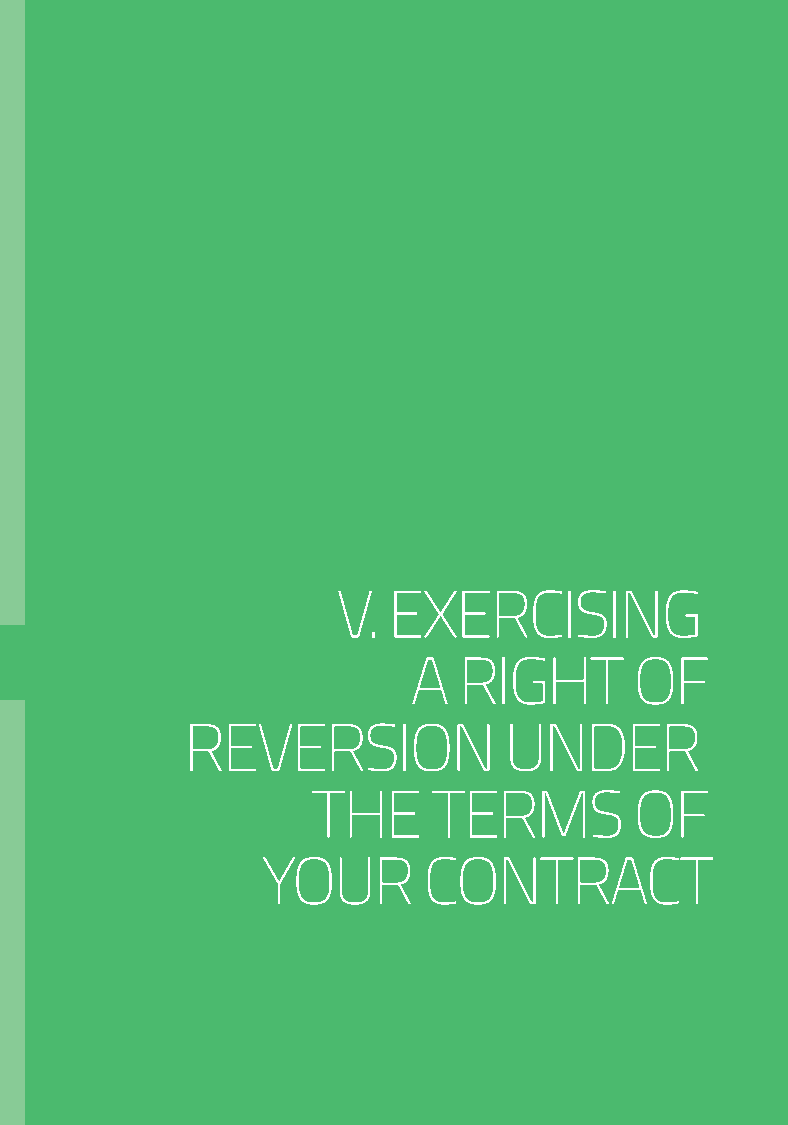
V.  EXERCISING
 A  RIGHT       OF
 REVERSION            UNDER
 THE     TERMS        OF
 YOUR       CONTRACT